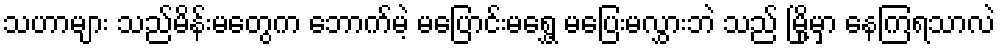
သဟာများ သည်မိန်းမတွေက ဘောက်မဲ့ မပြောင်းမရွှေ့ မပြေးမလွှားဘဲ သည် မြို့မှာ နေကြရသာလဲ